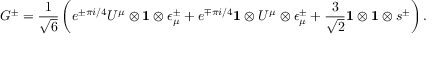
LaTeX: G ^ { \pm } = { \frac { 1 } { \sqrt 6 } } \left( e ^ { \pm \pi i / 4 } U ^ { \mu } \otimes { \bf 1 } \otimes \epsilon _ { \mu } ^ { \pm } + e ^ { \mp \pi i / 4 } { \bf 1 } \otimes U ^ { \mu } \otimes \epsilon _ { \mu } ^ { \pm } + { \frac { 3 } { \sqrt 2 } } { \bf 1 } \otimes { \bf 1 } \otimes s ^ { \pm } \right) .